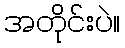
အတိုင်းပဲ။